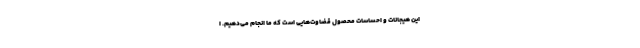
این هیجانات و احساسات محصول قضاوت‌هایی است که ما انجام می‌دهیم. ا